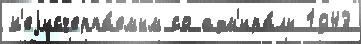
н'еjисчерпа́емым со адм'ира́лы 1943